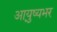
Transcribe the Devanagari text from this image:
आयु़्ष्यभर